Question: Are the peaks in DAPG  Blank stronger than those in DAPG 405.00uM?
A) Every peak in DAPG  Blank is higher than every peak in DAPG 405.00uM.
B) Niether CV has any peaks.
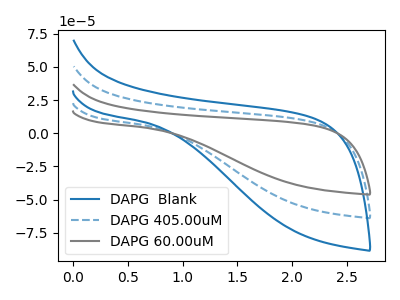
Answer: <think>The blue curve "DAPG  Blank" has no peaks. The blue dashed curve "DAPG 405.00uM" has no peaks. The gray curve "DAPG 60.00uM" has no peaks.</think>
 <answer>B) Niether CV has any peaks.</answer>
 <eval>B</eval>